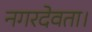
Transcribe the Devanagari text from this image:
नगरदेवता।